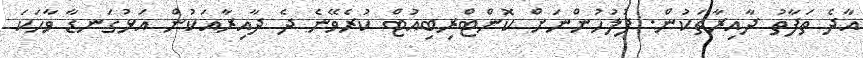
އާދެ ތަފާތު ދާއިރާތަކުން. ފުލުހުންނަށް ކޮންޓްރިބިއުޓް ކުރެވޭނެ ދެ ދާއިރާއަކުން އަޅުގަނޑާ ވާހަކަ